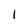
Character: 1